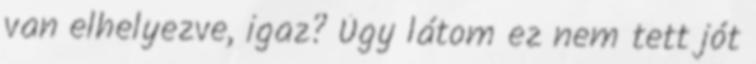
van elhelyezve, igaz? Úgy látom ez nem tett jót